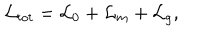
LaTeX: \mathcal { L } _ { t o t } = \mathcal { L } _ { 0 } + \mathcal { L } _ { m } + \mathcal { L } _ { g } ,